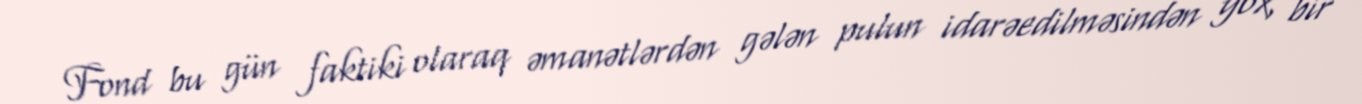
Fond bu gün faktiki olaraq əmanətlərdən gələn pulun idarəedilməsindən yox, bir